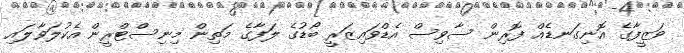
ވަޒީފާގެ އޮނިގަނޑެއް ފޮރިން ސާވިސް އެޑްވައިޒަރީ ބޯޑުގެ ލަފާގެ މަތިން މިނިސްޓްރީން އެކުލަވާލައި